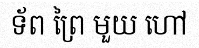
ទ័ព ព្រៃ មួយ ហៅ